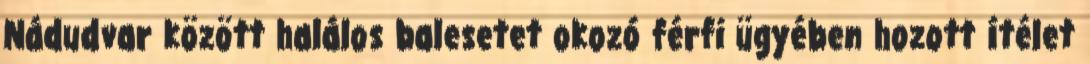
Nádudvar között halálos balesetet okozó férfi ügyében hozott ítélet